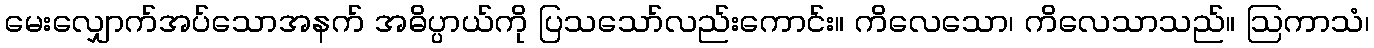
မေးလျှောက်အပ်သောအနက် အဓိပ္ပာယ်ကို ပြသသော်လည်းကောင်း။ ကိလေသော၊ ကိလေသာသည်။ ဩကာသံ၊